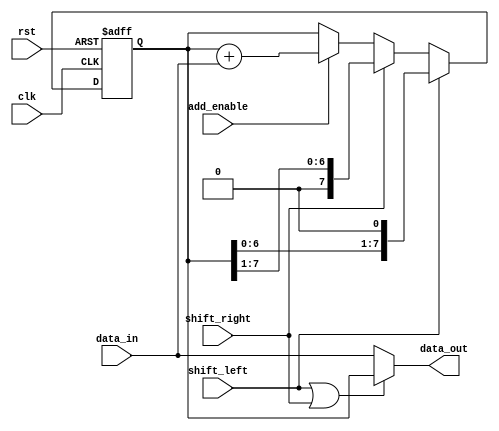
module shift_add_register (
    input wire clk,             // Clock input
    input wire rst,             // Reset input
    input wire shift_left,      // Control signal for shifting left
    input wire shift_right,     // Control signal for shifting right
    input wire add_enable,      // Control signal for addition operation
    input wire [7:0] data_in,   // Input data
    output reg [7:0] data_out   // Output data
);

reg [7:0] register_data;        // Data stored in the register

always @ (posedge clk or posedge rst) begin
    if (rst) begin
        register_data <= 8'b0;  // Reset the register data
    end else begin
        if (shift_left) begin
            register_data <= {register_data[6:0], 1'b0};  // Shift data to the left
        end else if (shift_right) begin
            register_data <= {1'b0, register_data[7:1]};  // Shift data to the right
        end else if (add_enable) begin
            register_data <= register_data + data_in;      // Perform addition operation
        end
    end
end

assign data_out = (shift_left || shift_right) ? register_data : data_in;  // Output the shifted or added data

endmodule